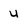
Character: u